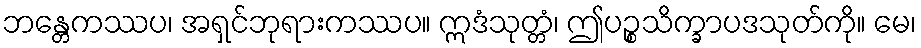
ဘန္တေကဿပ၊ အရှင်ဘုရားကဿပ။ ဣဒံသုတ္တံ၊ ဤပဉ္စသိက္ခာပဒသုတ်ကို။ မေ၊